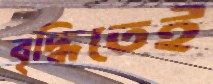
বৃদ্ধিতেই